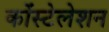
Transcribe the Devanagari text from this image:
कोंस्टेलेशन